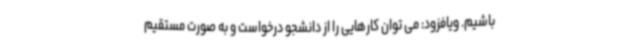
باشیم. ویافزود: می توان کارهایی را از دانشجو درخواست و به صورت مستقیم